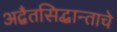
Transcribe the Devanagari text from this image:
अद्वैतसिद्धान्ताचे